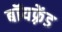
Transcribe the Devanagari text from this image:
बॉयफ़्रेंड